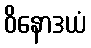
ဝိနောဒယံ